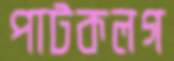
পাটকলগ